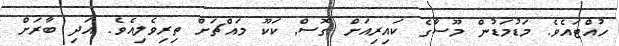
ހުއްޓައެވެ. މަޑުމަޑުން މޫސާގެ ކައިރިއަށް ގޮސް